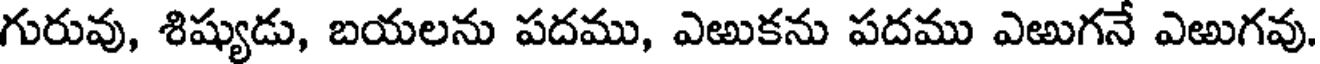
గురువు, శిష్యుడు, బయలను పదము, ఎఱుకను పదము ఎఱుగనే ఎఱుగవు